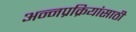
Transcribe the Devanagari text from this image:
अन्नप्रक्रियांसाठी